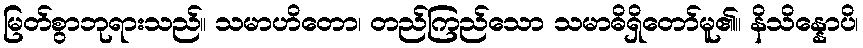
မြတ်စွာဘုရားသည်။ သမာဟိတော၊ တည်ကြည်သော သမာဓိရှိတော်မူ၏။ နိသိန္နောပိ၊